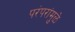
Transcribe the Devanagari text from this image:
परंपरांमुळे